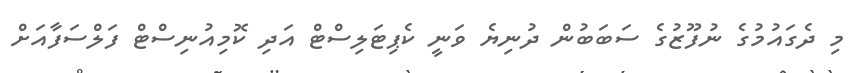
މި ދެގައުމުގެ ނުފޫޒުގެ ސަބަބުން ދުނިޔެ ވަނީ ކެޕިޓަލިސްޓް އަދި ކޮމިއުނިސްޓް ފަލްސަފާއަށް